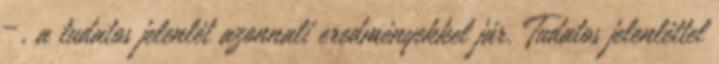
–, a tudatos jelenlét azonnali eredményekkel jár. Tudatos jelenléttel